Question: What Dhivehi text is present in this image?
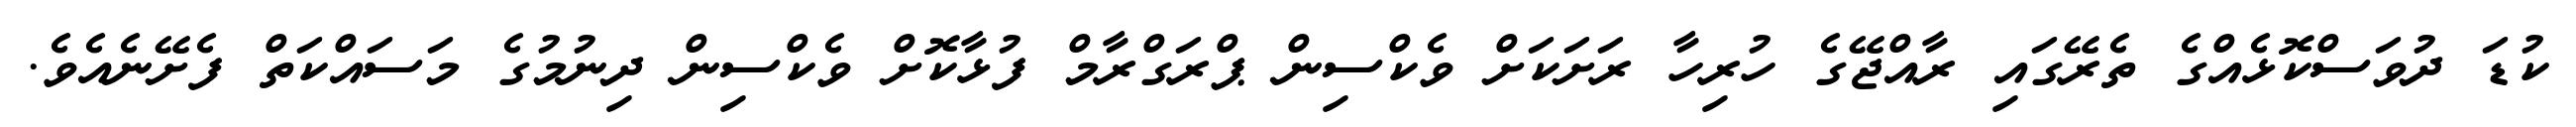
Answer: ކުޑަ ދުވަސްކޮޅެއްގެ ތެރޭގައި ރާއްޖޭގެ ހުރިހާ ރަށަކަށް ވެކްސިން ޕްރަގްރާމް ފުޅާކޮށް ވެކްސިން ދިނުމުގެ މަސައްކަތް ފެށޭނެއެވެ.